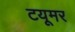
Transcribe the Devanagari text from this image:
टयूमर